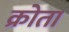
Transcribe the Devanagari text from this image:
क्रोता